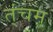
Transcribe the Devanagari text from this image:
त्ंचम